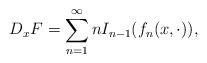
LaTeX: \begin{align*}D_xF=\sum_{n=1}^\infty n I_{n-1}(f_n(x,\cdot)),\end{align*}